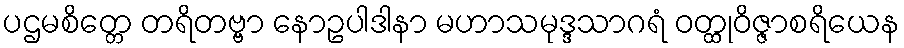
ပဌမစိတ္တေ တရိတဗ္ဗာ နောဥပါဒါနာ မဟာသမုဒ္ဒသာဂရံ ဝတ္ထုဝိဇ္ဇာစရိယေန